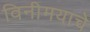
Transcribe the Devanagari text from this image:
विनीमयाचे